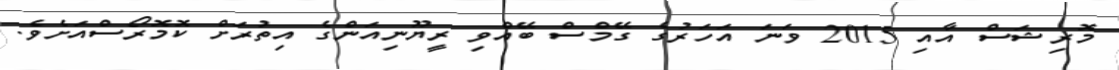
މޮރިޝަސް އާއި 2015 ވަނަ އަހަރުގެ ގޭމްސް ބޭއްވި ރީޔޫނިއަންގެ އިތުރަށް ކޮމޮރޯސްއަށެވެ.